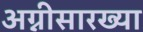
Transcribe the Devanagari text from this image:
अग्नीसारख्या